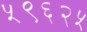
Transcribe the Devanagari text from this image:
५९६२५